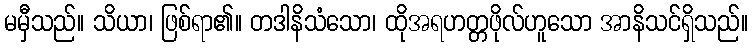
မမှီသည်။ သိယာ၊ ဖြစ်ရာ၏။ တဒါနိသံသော၊ ထိုအရဟတ္တဖိုလ်ဟူသော အာနိသင်ရှိသည်။